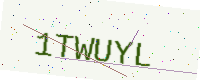
Text: 1TWUYL